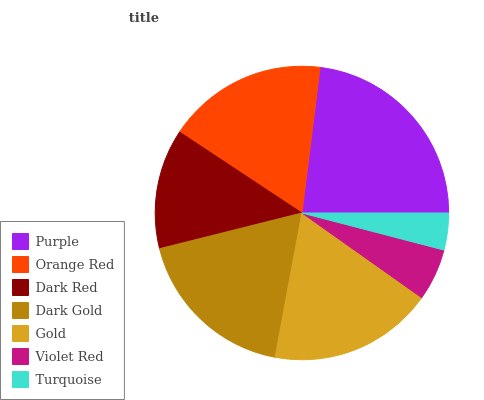
| Purple | Orange Red | Dark Red | Dark Gold | Gold | Violet Red | Turquoise |
 | --- | --- | --- | --- | --- | --- | --- |
 | 23.1% | 17.7% | 13.2% | 18.1% | 18.1% | 5.74% | 4.06% |